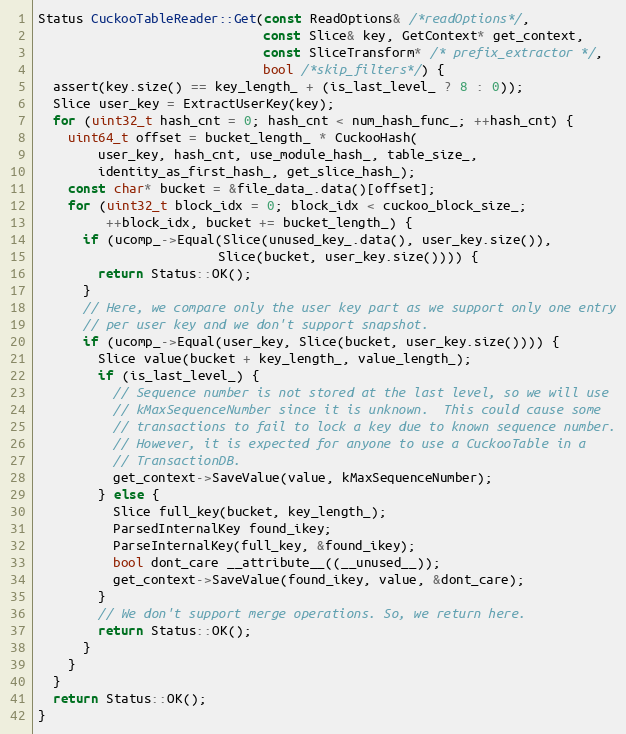
Language: C++
Status CuckooTableReader::Get(const ReadOptions& /*readOptions*/,
                              const Slice& key, GetContext* get_context,
                              const SliceTransform* /* prefix_extractor */,
                              bool /*skip_filters*/) {
  assert(key.size() == key_length_ + (is_last_level_ ? 8 : 0));
  Slice user_key = ExtractUserKey(key);
  for (uint32_t hash_cnt = 0; hash_cnt < num_hash_func_; ++hash_cnt) {
    uint64_t offset = bucket_length_ * CuckooHash(
        user_key, hash_cnt, use_module_hash_, table_size_,
        identity_as_first_hash_, get_slice_hash_);
    const char* bucket = &file_data_.data()[offset];
    for (uint32_t block_idx = 0; block_idx < cuckoo_block_size_;
         ++block_idx, bucket += bucket_length_) {
      if (ucomp_->Equal(Slice(unused_key_.data(), user_key.size()),
                        Slice(bucket, user_key.size()))) {
        return Status::OK();
      }
      // Here, we compare only the user key part as we support only one entry
      // per user key and we don't support snapshot.
      if (ucomp_->Equal(user_key, Slice(bucket, user_key.size()))) {
        Slice value(bucket + key_length_, value_length_);
        if (is_last_level_) {
          // Sequence number is not stored at the last level, so we will use
          // kMaxSequenceNumber since it is unknown.  This could cause some
          // transactions to fail to lock a key due to known sequence number.
          // However, it is expected for anyone to use a CuckooTable in a
          // TransactionDB.
          get_context->SaveValue(value, kMaxSequenceNumber);
        } else {
          Slice full_key(bucket, key_length_);
          ParsedInternalKey found_ikey;
          ParseInternalKey(full_key, &found_ikey);
          bool dont_care __attribute__((__unused__));
          get_context->SaveValue(found_ikey, value, &dont_care);
        }
        // We don't support merge operations. So, we return here.
        return Status::OK();
      }
    }
  }
  return Status::OK();
}